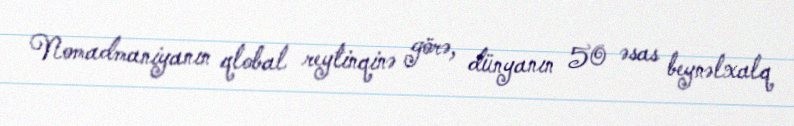
Nomadmaniyanın qlobal reytinqinə görə, dünyanın 50 əsas beynəlxalq